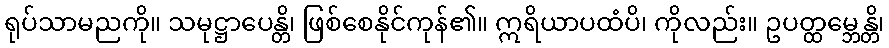
ရုပ်သာမညကို။ သမုဋ္ဌာပေန္တိ၊ ဖြစ်စေနိုင်ကုန်၏။ ဣရိယာပထံပိ၊ ကိုလည်း။ ဥပတ္ထမ္ဘေန္တိ၊